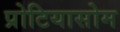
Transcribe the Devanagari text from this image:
प्रोटियासोम